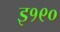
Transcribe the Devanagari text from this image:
इ१९०